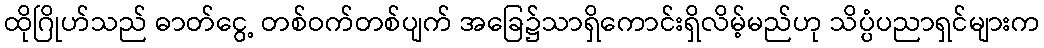
ထိုဂြိုဟ်သည် ဓာတ်ငွေ့ တစ်ဝက်တစ်ပျက် အခြေ၌သာရှိကောင်းရှိလိမ့်မည်ဟု သိပ္ပံပညာရှင်များက